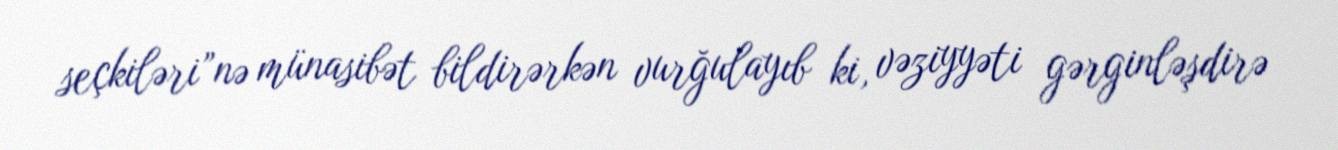
seçkiləri”nə münasibət bildirərkən vurğulayıb ki, vəziyyəti gərginləşdirə